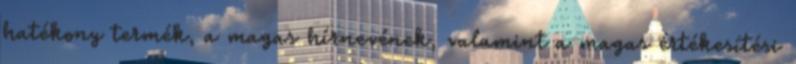
hatékony termék, a magas hírnevének, valamint a magas értékesítési